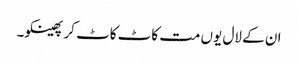
ان کے لال یوں مت کاٹ کاٹ کر پھینکو۔